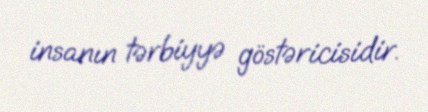
insanın tərbiyyə göstəricisidir.